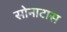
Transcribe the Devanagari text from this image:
सोनाटास